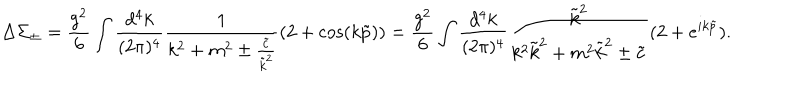
\Delta \Sigma _ { \pm } = \frac { g ^ { 2 } } 6 \int \frac { d ^ { 4 } k } { ( 2 \pi ) ^ { 4 } } \frac 1 { k ^ { 2 } + m ^ { 2 } \pm \frac { \tilde { c } } { \tilde { k } ^ { 2 } } } ( 2 + \cos ( k \tilde { p } ) ) = \frac { g ^ { 2 } } 6 \int \frac { d ^ { 4 } k } { ( 2 \pi ) ^ { 4 } } \frac { \tilde { k } ^ { 2 } } { k ^ { 2 } \tilde { k } ^ { 2 } + m ^ { 2 } \tilde { k } ^ { 2 } \pm \tilde { c } } ( 2 + e ^ { i k \tilde { p } } ) .